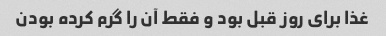
غذا برای روز قبل بود و فقط آن را گرم کرده بودن